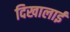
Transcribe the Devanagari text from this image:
दिखालाई